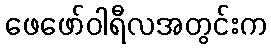
ဖေဖော်ဝါရီလအတွင်းက